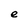
Character: e